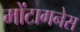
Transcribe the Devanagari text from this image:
मोंटागनेस